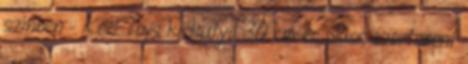
színben - Keel Toys kiskutya 30 cm-es plüss szortiment